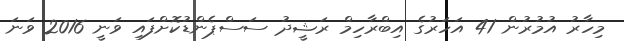
މިހާރު އުމުރުން 41 އަހަރުގެ އިބްރާހިމް ރަޝީދު ސަސްޕެންޑުކޮށްފައި ވަނީ 2016 ވަނަ